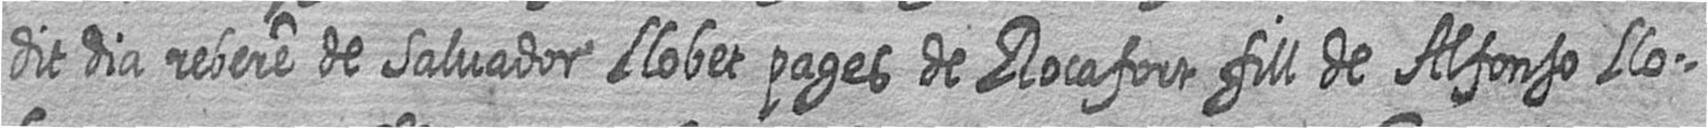
dit dia rebere de Salvador Llobet pages de Rocafort fill de Alfonso Llo=